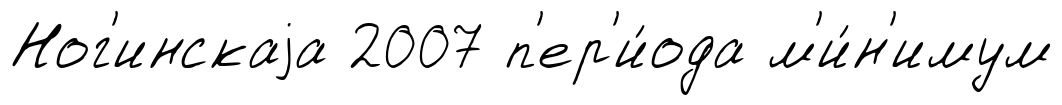
Ног'инскаjа 2007 п'ер'и́ода м'и́н'имум